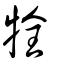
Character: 牷